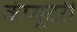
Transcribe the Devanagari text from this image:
कंप्यूटरी